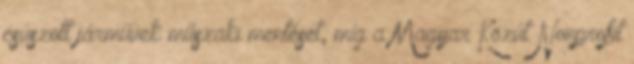
csúszott járművek műszaki mentését, míg a Magyar Közút Nonprofit